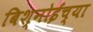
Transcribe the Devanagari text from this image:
बिश्‍नोईंच्या